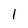
Character: 1